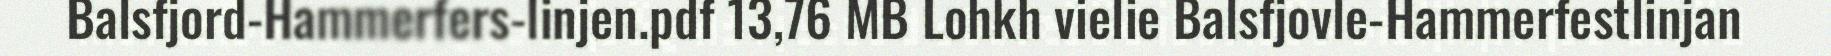
Balsfjord-Hammerfers-linjen.pdf 13,76 MB Lohkh vielie Balsfjovle-Hammerfestlinjan